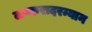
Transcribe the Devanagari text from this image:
लष्करादरम्यान